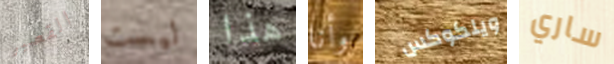
القصير ليست هذا وأنا ويلكوكس ساري